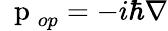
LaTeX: \mathrm{~\mathbf~p~}_{op}=-i\hbar\nabla